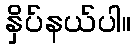
နှိပ်နယ်ပါ။